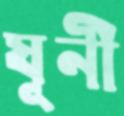
যূনী